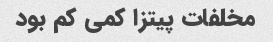
مخلفات پیتزا کمی کم بود